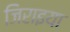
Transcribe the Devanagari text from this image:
जिराइया